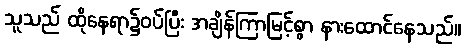
သူသည် ထိုနေရာ၌ဝပ်ပြီး အချိန်ကြာမြင့်စွာ နားထောင်နေသည်။